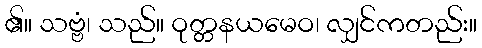
၏။ သဗ္ဗံ၊ သည်။ ဝုတ္တနယမေဝ၊ လျှင်ကတည်း။